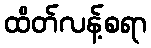
ထိတ်လန့်စရာ